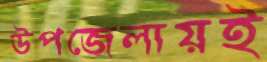
উপজেলায়ই